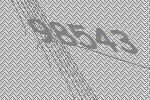
98543